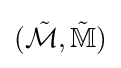
({\tilde {\mathcal {M}}},{\tilde {\mathbb {M} }})